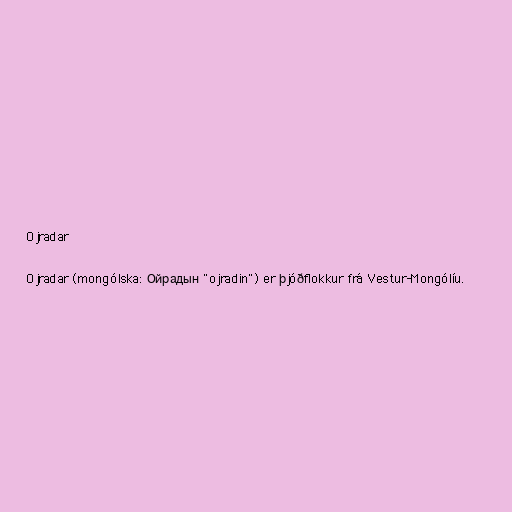
Ojradar

Ojradar (mongólska: Ойрадын "ojradin") er þjóðflokkur frá Vestur-Mongólíu.